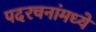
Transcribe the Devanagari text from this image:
पदरचनांमध्ये